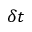
\delta t